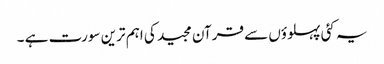
یہ کئی پہلوؤں سے قرآن مجید کی اہم ترین سورت ہے ۔